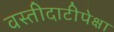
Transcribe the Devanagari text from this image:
वस्तीदाटीपेक्षा